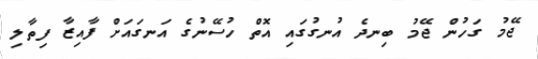
ޖޭމު ގަހުން ޖޭމު ބިނދެ އުނގުގައި އޮތް ހުސޭނުގެ އަނގައަށް ފާއިޒާ ފިތާލި